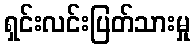
ရှင်းလင်းပြတ်သားမှု